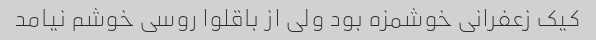
کیک زعفرانی خوشمزه بود ولی از باقلوا روسی خوشم نیامد